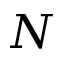
N